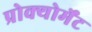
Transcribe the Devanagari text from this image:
प्रोक्योर्मेंट